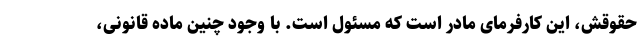
حقوقش، این کارفرمای مادر است که مسئول است. با وجود چنین ماده قانونی،